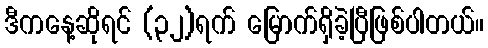
ဒီကနေ့ဆိုရင် (၃၂)ရက် မြောက်ရှိခဲ့ပြီဖြစ်ပါတယ်။